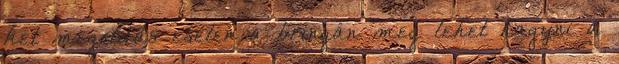
két megoldás esetén a bringán meg lehet hagyni a